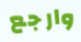
وارجع